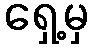
ရှေ့မှ